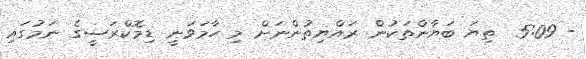
- 5:09  ތިޔަ ބަޔާންތަކުން ރައްޔިތުންނަށް މި ހާމަވަނީ ޑިމޮކްރަސީގެ ނަމުގައި